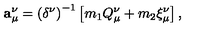
{ \bf a } _ { \mu } ^ { \nu } = \left( \delta ^ { \nu } \right) ^ { - 1 } \left[ m _ { 1 } Q _ { \mu } ^ { \nu } + m _ { 2 } \xi _ { \mu } ^ { \nu } \right] ,